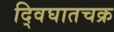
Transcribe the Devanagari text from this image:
द्विघातचक्र